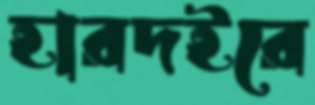
হারদইরে